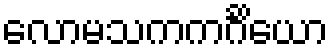
လောမသကကင်္ဂိယော